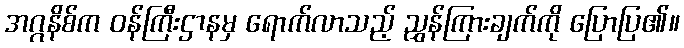
အဂ္ဂနိစ်က ဝန်ကြီးဌာနမှ ရောက်လာသည့် ညွှန်ကြားချက်ကို ပြောပြ၏။